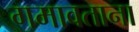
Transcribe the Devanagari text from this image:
गमावताना